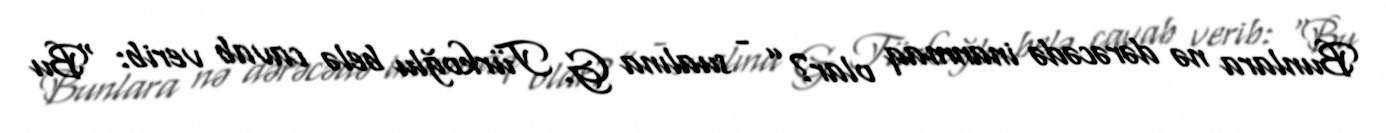
Bunlara nə dərəcədə inanmaq olar?” - sualına G. Türkoğlu belə cavab verib: “Bu